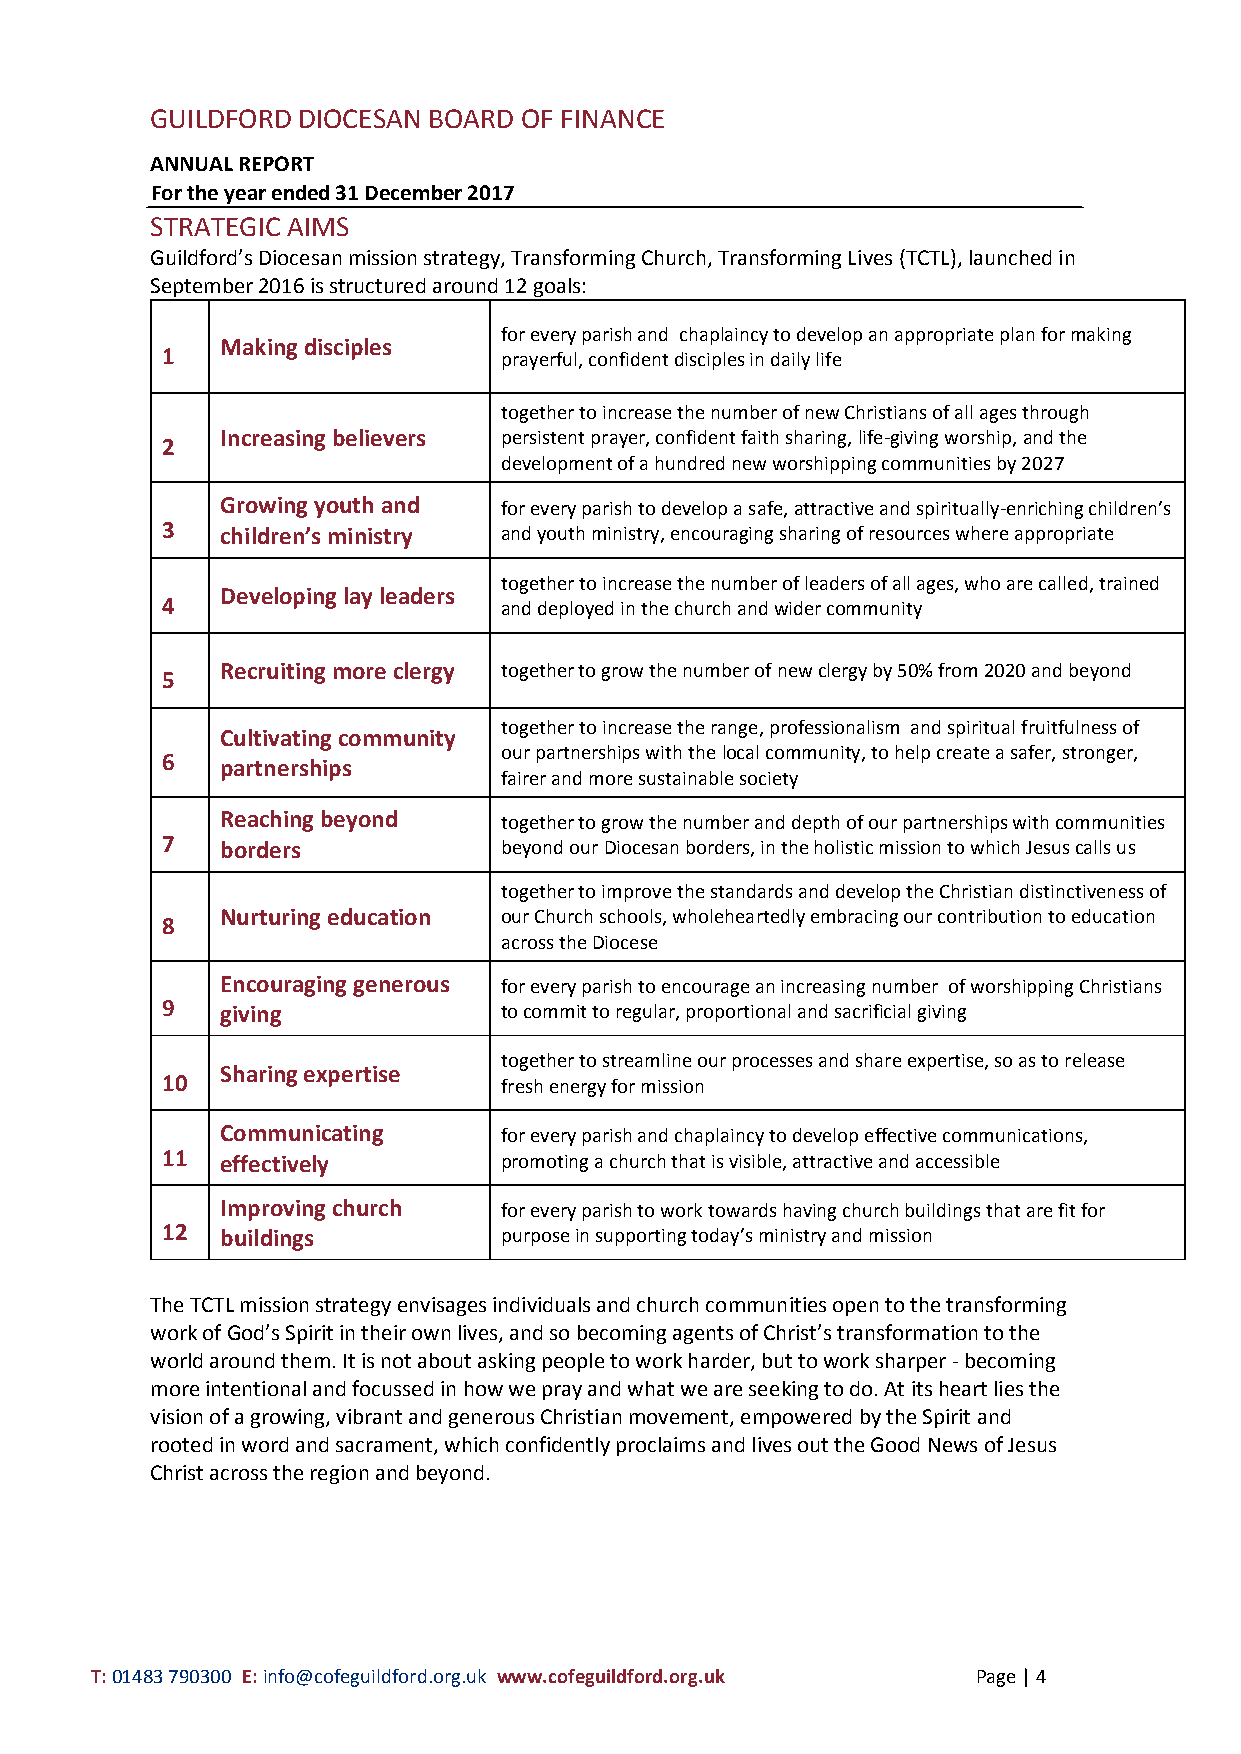
GUILDFORD DIOCESAN BOARD OF FINANCE
 ANNUAL REPORT
 For the year ended 31 December 2017
 STRATEGIC AIMS
 Guildford’s Diocesan mission strategy, Transforming Church, Transforming Lives (TCTL), launched in
 September 2016 is structured around 12 goals:
 for every parish and chaplaincy to develop an appropriate plan for making
 Making disciples
 1                     prayerful, confident disciples in daily life
 together to increase the number of new Christians of all ages through
 Increasing believers persistent prayer, confident faith sharing, life-giving worship, and the
 2
 development of a hundred new worshipping communities by 2027
 Growing youth and for every parish to develop a safe, attractive and spiritually-enriching children’s
 3   children’s ministry and youth ministry, encouraging sharing of resources where appropriate
 together to increase the number of leaders of all ages, who are called, trained
 Developing lay leaders
 4                     and deployed in the church and wider community
 Recruiting more clergy together to grow the number of new clergy by 50% from 2020 and beyond
 5
 together to increase the range, professionalism and spiritual fruitfulness of
 Cultivating community
 our partnerships with the local community, to help create a safer, stronger,
 6   partnerships
 fairer and more sustainable society
 Reaching beyond   together to grow the number and depth of our partnerships with communities
 7   borders           beyond our Diocesan borders, in the holistic mission to which Jesus calls us
 together to improve the standards and develop the Christian distinctiveness of
 Nurturing education our Church schools, wholeheartedly embracing our contribution to education
 8
 across the Diocese
 Encouraging generous for every parish to encourage an increasing number of worshipping Christians
 9   giving            to commit to regular, proportional and sacrificial giving
 together to streamline our processes and share expertise, so as to release
 Sharing expertise
 10                    fresh energy for mission
 Communicating     for every parish and chaplaincy to develop effective communications,
 11  effectively       promoting a church that is visible, attractive and accessible
 Improving church  for every parish to work towards having church buildings that are fit for
 12  buildings         purpose in supporting today’s ministry and mission
 The TCTL mission strategy envisages individuals and church communities open to the transforming
 work of God’s Spirit in their own lives, and so becoming agents of Christ’s transformation to the
 world around them. It is not about asking people to work harder, but to work sharper - becoming
 more intentional and focussed in how we pray and what we are seeking to do. At its heart lies the
 vision of a growing, vibrant and generous Christian movement, empowered by the Spirit and
 rooted in word and sacrament, which confidently proclaims and lives out the Good News of Jesus
 Christ across the region and beyond.
 T: 01483 790300 E: info@cofeguildford.org.uk www.cofeguildford.org.uk Page | 4